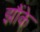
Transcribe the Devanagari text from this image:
झौंके